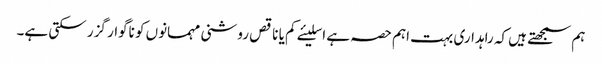
ہم سمجھتے ہیں کہ راہداری بہت اہم حصہ ہے اسلیئے کم یا ناقص روشنی مہمانوں کو ناگوار گزر سکتی ہے۔